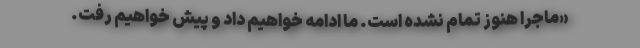
«ماجرا هنوز تمام نشده است. ما ادامه خواهیم داد و پیش خواهیم رفت.